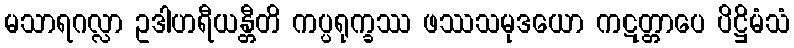
မသာရဂလ္လာ ဥဒါဟရီယန္တီတိ ကပ္ပရုက္ခဿ ဖဿသမုဒယော ကဋတ္တာပေ ပိဋ္ဌိမံသံ